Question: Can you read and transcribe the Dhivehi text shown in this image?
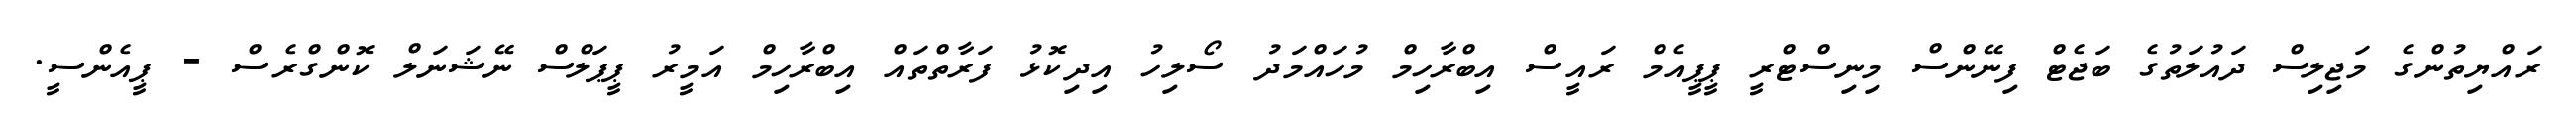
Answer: ރައްޔިތުންގެ މަޖިލިސް ދައުލަތުގެ ބަޖެޓް ފިނޭންސް މިނިސްޓްރީ ޕީޕީއެމް ރައީސް އިބްރާހިމް މުހައްމަދު ސޯލިހު އިދިކޮޅު ފަރާތްތައް އިބްރާހިމް އަމީރު ޕީޕަލްސް ނޭޝަނަލް ކޮންގްރެސް - ޕީއެންސީ.